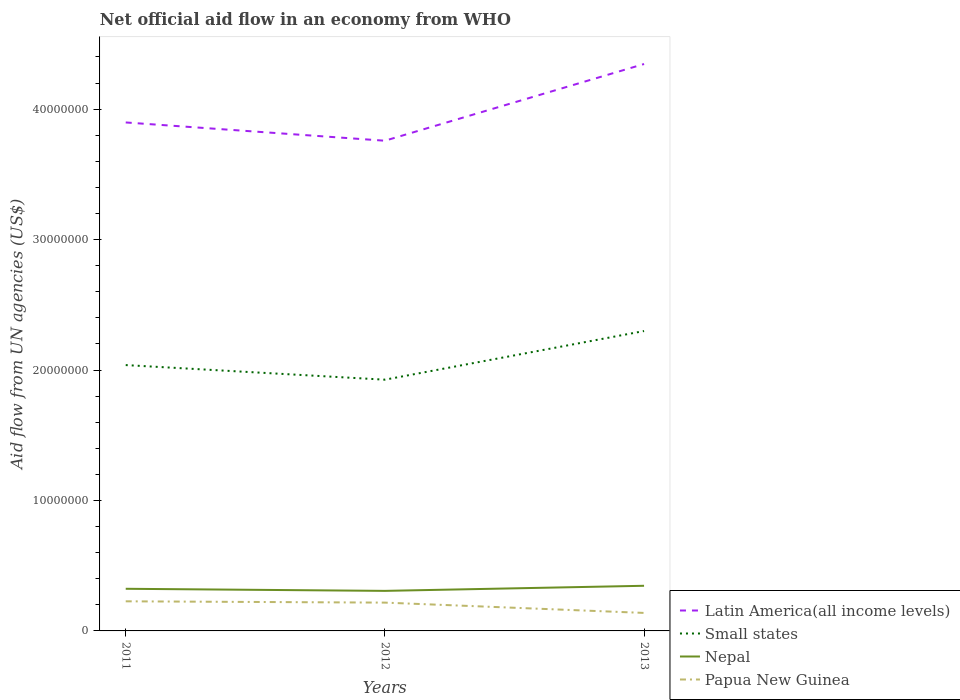
| Years | Latin America(all income levels) | Small states | Nepal | Papua New Guinea |
 | --- | --- | --- | --- | --- |
 | 2011 | 3.9e+07 | 2.04e+07 | 3.23e+06 | 2.27e+06 |
 | 2012 | 3.76e+07 | 1.93e+07 | 3.07e+06 | 2.17e+06 |
 | 2013 | 4.35e+07 | 2.3e+07 | 3.46e+06 | 1.38e+06 |